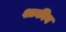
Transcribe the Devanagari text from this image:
शाकीब